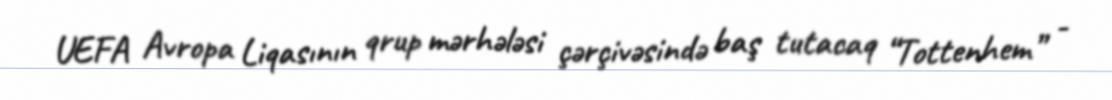
UEFA Avropa Liqasının qrup mərhələsi çərçivəsində baş tutacaq “Tottenhem” -